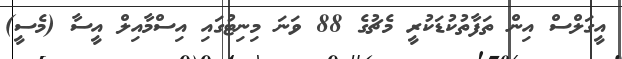
އީގަލްސް އިން ތަފާތުކުޑަކުރީ މެޗުގެ 88 ވަނަ މިނިޓުގައި އިސްމާއިލް އީސާ (މެސީ)